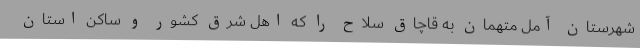
شهرستان آمل متهمان به قاچاق سلاح را که اهل شرق کشور و ساکن استان